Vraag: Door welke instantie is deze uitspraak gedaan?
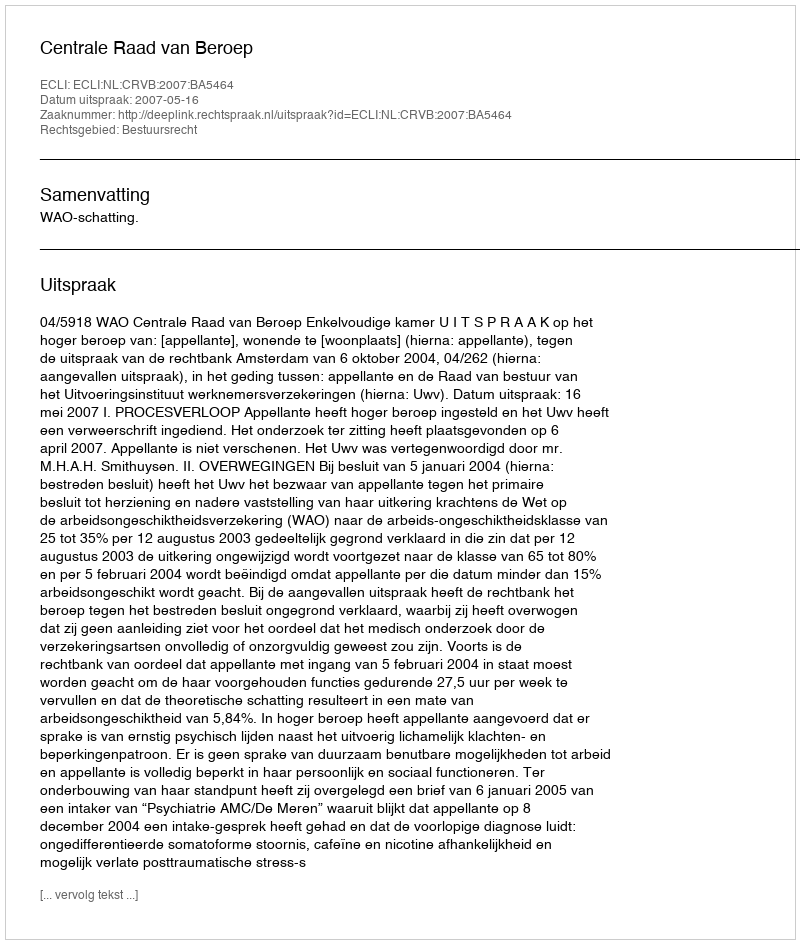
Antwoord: Centrale Raad van Beroep